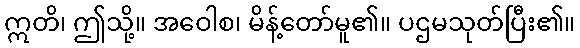
ဣတိ၊ ဤသို့။ အဝေါစ၊ မိန့်တော်မူ၏။ ပဌမသုတ်ပြီး၏။